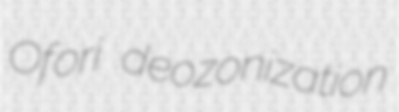
Ofori deozonization